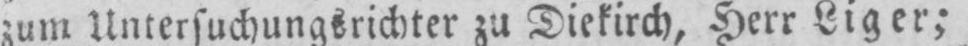
zum Untersuchungsrichter zu Diekirch, Herr Liger;